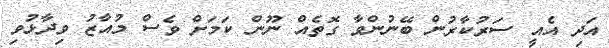
އަދި އެއީ ސަރުކާރުން ބޭނުންވާ ގޮތެއް ނޫން ކަމަށް ވެސް މުއާޒު ވިދާޅުވި